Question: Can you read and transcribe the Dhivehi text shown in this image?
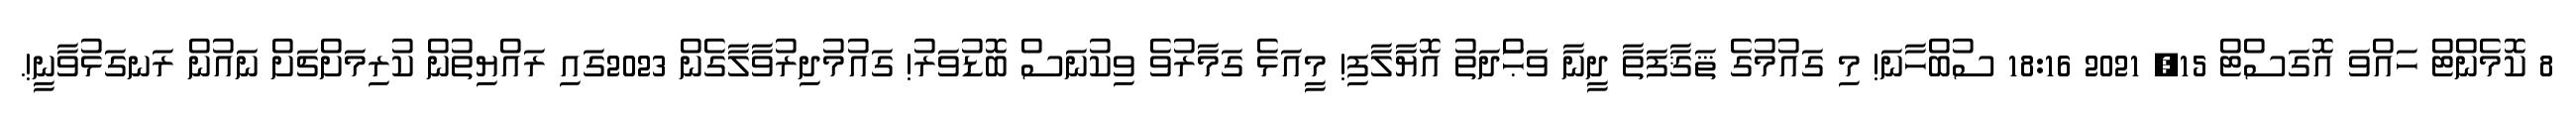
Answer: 8 ކޮމެންޓް ހައްވަ އޮގަސްޓް 15, 2021 18:16 ސުބްހާނަ! މި ގައުމުގެ ޘަޤާފަތާ ދީނާ ވަޙްަދަތު އޮޔާލާފި! މީއަޅެ ގަމާރުވެ ވިކުނަސް ބޮޑުވަރު! ގައުމުދިރުވާލާގެން 2023ގައި ރައްޔިތުން ކުރިމަށްޗަށް ނައުން ރަނގަޅުވާނީ!.